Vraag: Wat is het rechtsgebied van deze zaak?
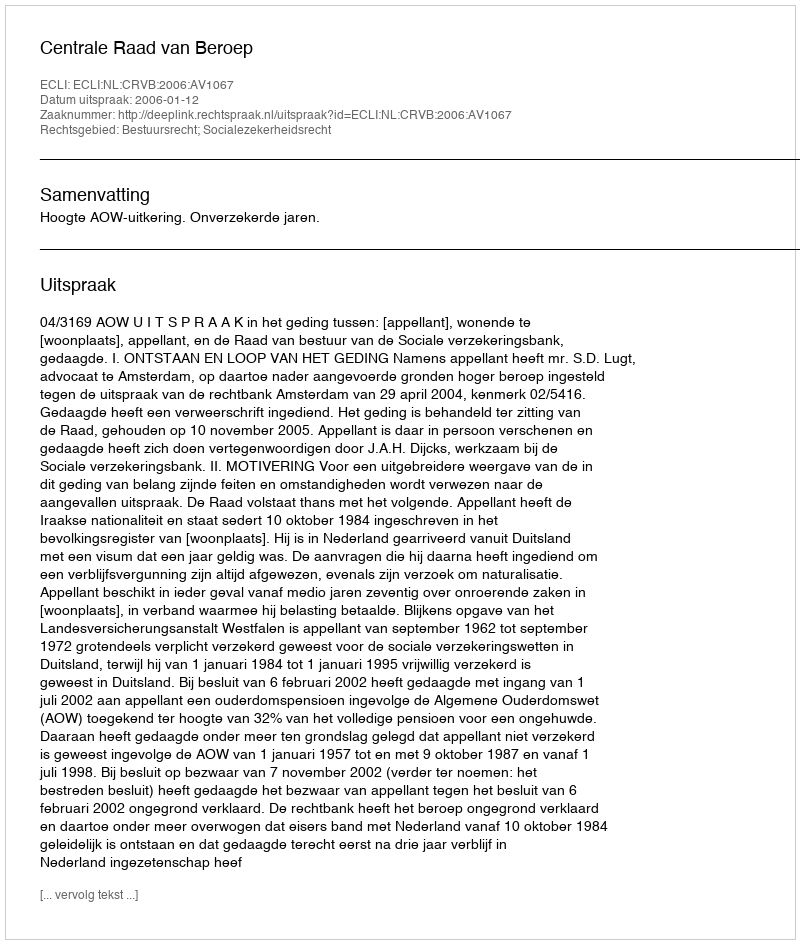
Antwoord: Bestuursrecht; Socialezekerheidsrecht